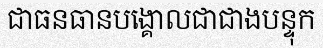
ជាធនធានបង្គោលជាជាងបន្ទុក